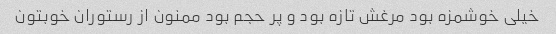
خیلی خوشمزه بود مرغش تازه بود و پر حجم بود ممنون از رستوران خوبتون